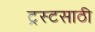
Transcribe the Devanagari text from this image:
ट्रस्टसाठी